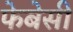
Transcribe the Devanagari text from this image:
फेबेसी